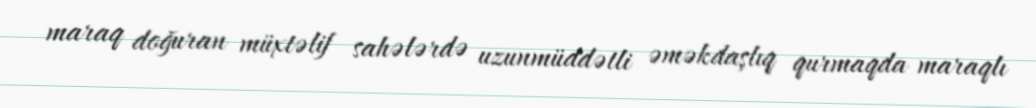
maraq doğuran müxtəlif sahələrdə uzunmüddətli əməkdaşlıq qurmaqda maraqlı